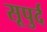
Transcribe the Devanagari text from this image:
सूपुर्द